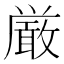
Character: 厳